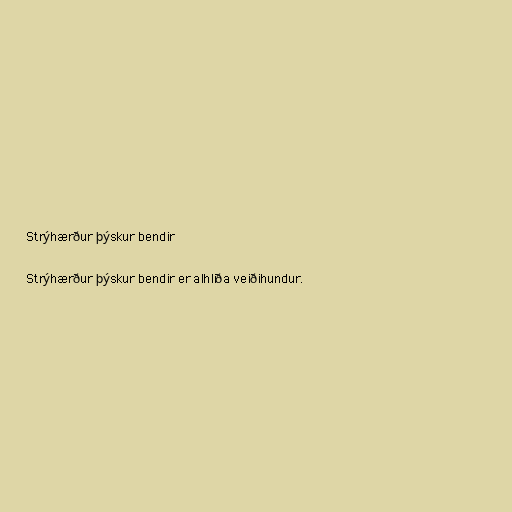
Strýhærður þýskur bendir

Strýhærður þýskur bendir er alhliða veiðihundur.